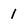
Character: 1